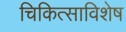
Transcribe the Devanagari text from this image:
चिकित्साविशेष